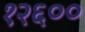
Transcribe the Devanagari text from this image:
१२६००